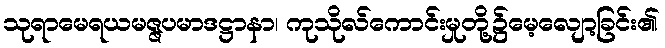
သုရာမေရယမဇ္ဇပမာဒဋ္ဌာနာ၊ ကုသိုလ်ကောင်းမှုတို့၌မေ့လျော့ခြင်း၏